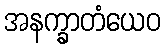
အနက္ခာတံယေဝ